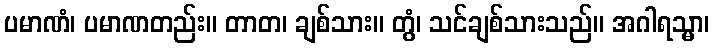
ပမာဏံ၊ ပမာဏတည်း။ တာတ၊ ချစ်သား။ တွံ၊ သင်ချစ်သားသည်။ အဂါရသ္မာ၊